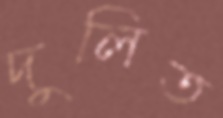
দুলিত